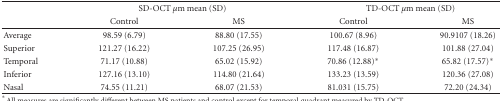
|  | <COLSPAN=2> SD-OCT μm mean (SD) | <COLSPAN=2> TD-OCT μm mean (SD) |
 |  | Control | MS | Control | MS |
 | --- | --- | --- | --- | --- |
 | Average | 98.59 (6.79) | 88.80 (17.55) | 100.67 (8.96) | 90.9107 (18.26) |
 | Superior | 121.27 (16.22) | 107.25 (26.95) | 117.48 (16.87) | 101.88 (27.04) |
 | Temporal | 71.17 (10.88) | 65.02 (15.92) | 70.86 (12.88)* | 65.82 (17.57)* |
 | Inferior | 127.16 (13.10) | 114.80 (21.64) | 133.23 (13.59) | 120.36 (27.08) |
 | Nasal | 74.55 (11.21) | 68.07 (21.53) | 81.031 (15.75) | 72.20 (24.34) |